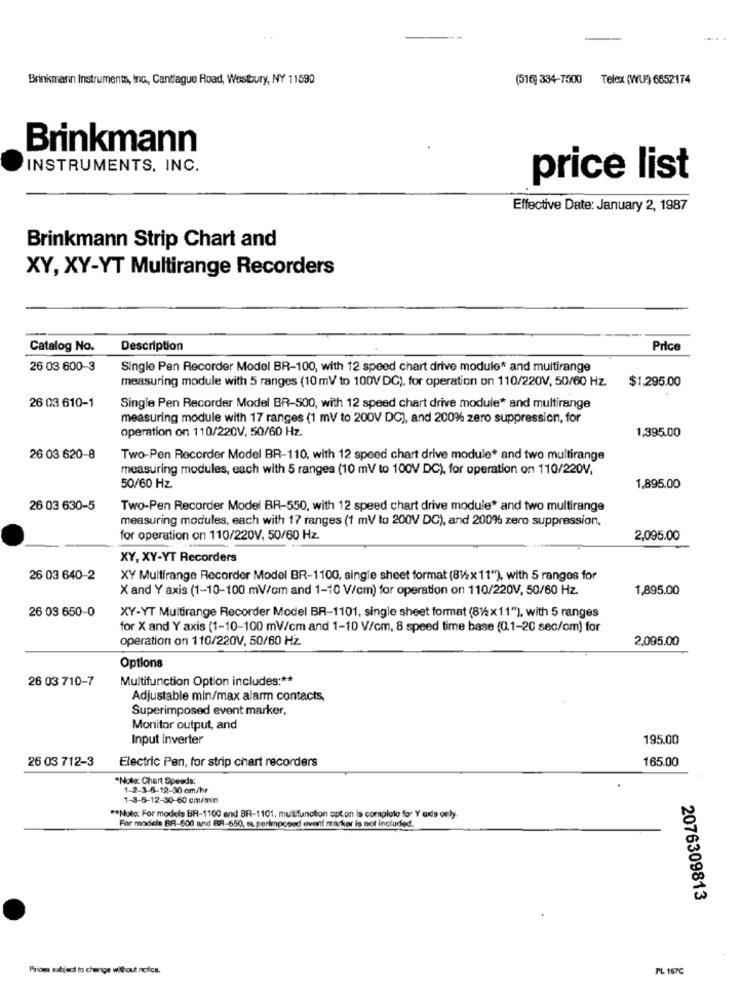
Brinkmann Instruments, Inc, Cantiague Road, Westbury, NY 11590
(516) 334-7500 Telex (WU) 6852174
Brinkmann
INSTRUMENTS, INC.
price list
Effective Date: January 2, 1987
Brinkmann Strip Chart and
XY, XY-YT Multirange Recorders
Catalog No.
Description
Price
26 03 600-3
Single Pen Recorder Model BR-100, with 12 speed chart drive module* and multirange
measuring module with 5 ranges (10 mV to 100V DC), for operation on 110/220V, 50/60 Hz.
$1.295.00
26 03 610-1
Single Pen Recorder Model BR-500, with 12 speed chart drive module* and multirange
measuring module with 17 ranges (1 mV to 200V DC), and 200% zero suppression, for
operation on 110/220V, 50/60 Hz.
1,395.00
26 03 620-8
Two-Pen Recorder Model BR-110, with 12 speed chart drive module* and two multirange
measuring modules, each with 5 ranges (10 mV to 100V DC), for operation on 110/220V,
50/60 Hz
1,895.00
26 03 630-5
Two-Pen Recorder Model BR-550, with 12 speed chart drive module* and two multirange
measuring modules, each with 17 ranges (1 mV to 200V DC), and 200% zero suppression,
for operation on 110/220V, 50/60 Hz.
2,095.00
XY, XY-YT Recorders
26 03 640-2
XY Multirange Recorder Model BR-1100, single sheet format (812x 11"), with 5 ranges for
X and Y axis (1-10-100 mV/cm and 1-10 V/cm) for operation on 110/220V, 50/60 Hz.
1,895.00
26 03 650-0
XY-YT Multirange Recorder Model BR-1101, single sheet format (81/2x11"), with 5 ranges
for X and Y axis (1-10-100 ml/cm and 1-10 V/cm, 8 speed time base (0.1-20 sec/cm) for
operation on 110/220V, 50/60 Hz.
2,095.00
Options
26 03 710-7
Multifunction Option includes :**
Adjustable min/max alarm contacts,
Superimposed event marker.
Monitor output, and
Input Inverter
195.00
26 03 712-3
Electric Pen, for strip chart recorders
165.00
*Note: Chart Speeds:
1-2-3-8-12-30 cm/hr
1-3-6-12-30-60 cm/min
** Note: For models BR-1100 and BR-1101, mullfunction option is complate for Y axis only.
For models BR-600 and RR-650, superimposed event marker is not included.
2076309813
Prions satied to change without notice.
PL 167℃